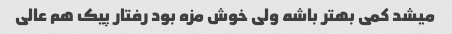
میشد کمی بهتر باشه ولی خوش مزه بود رفتار پیک هم عالی